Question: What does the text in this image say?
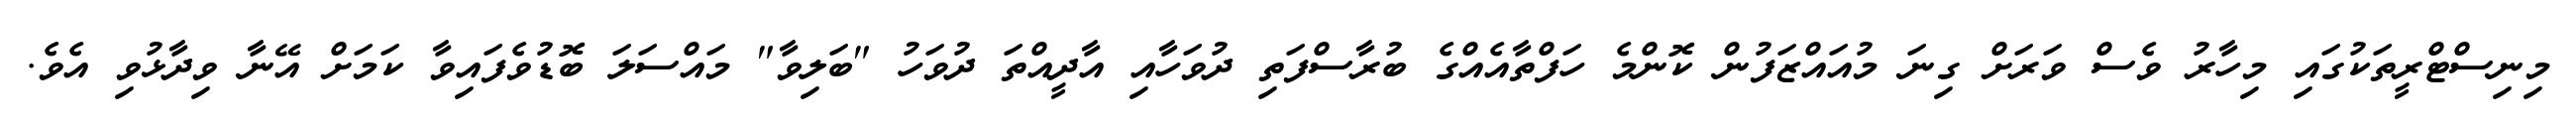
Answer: މިނިސްޓްރީތަކުގައި މިހާރު ވެސް ވަރަށް ގިނަ މުއައްޒަފުން ކޮންމެ ހަފްތާއެއްގެ ބުރާސްފަތި ދުވަހާއި އާދީއްތަ ދުވަހު "ބަލިވާ" މައްސަލަ ބޮޑުވެފައިވާ ކަމަށް އޭނާ ވިދާޅުވި އެވެ.